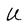
Character: U